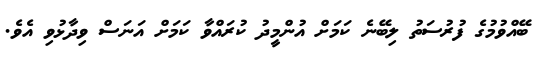
ބޭއްވުމުގެ ފުރުސަތު ލިބޭނެ ކަމަށް އުންމީދު ކުރައްވާ ކަމަށް އަނަސް ވިދާޅުވި އެވެ.